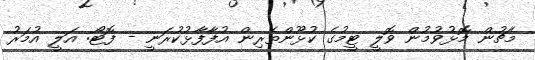
މެޗުން މޮޅުވުމުން ވޮލީ ޓީމުގެ ކުޅޫންތެރިން އުފާފާޅުކުރަނީ - ފޮޓޯ: އަލީ އުމަރު